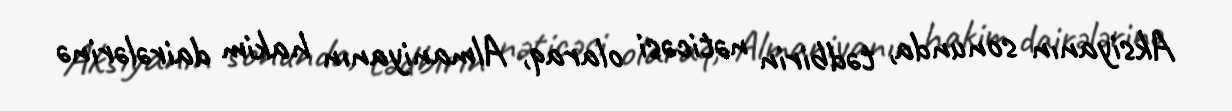
Aksiyanın sonunda, tədbirin nəticəsi olaraq, Almaniyanın hakim dairələrinə